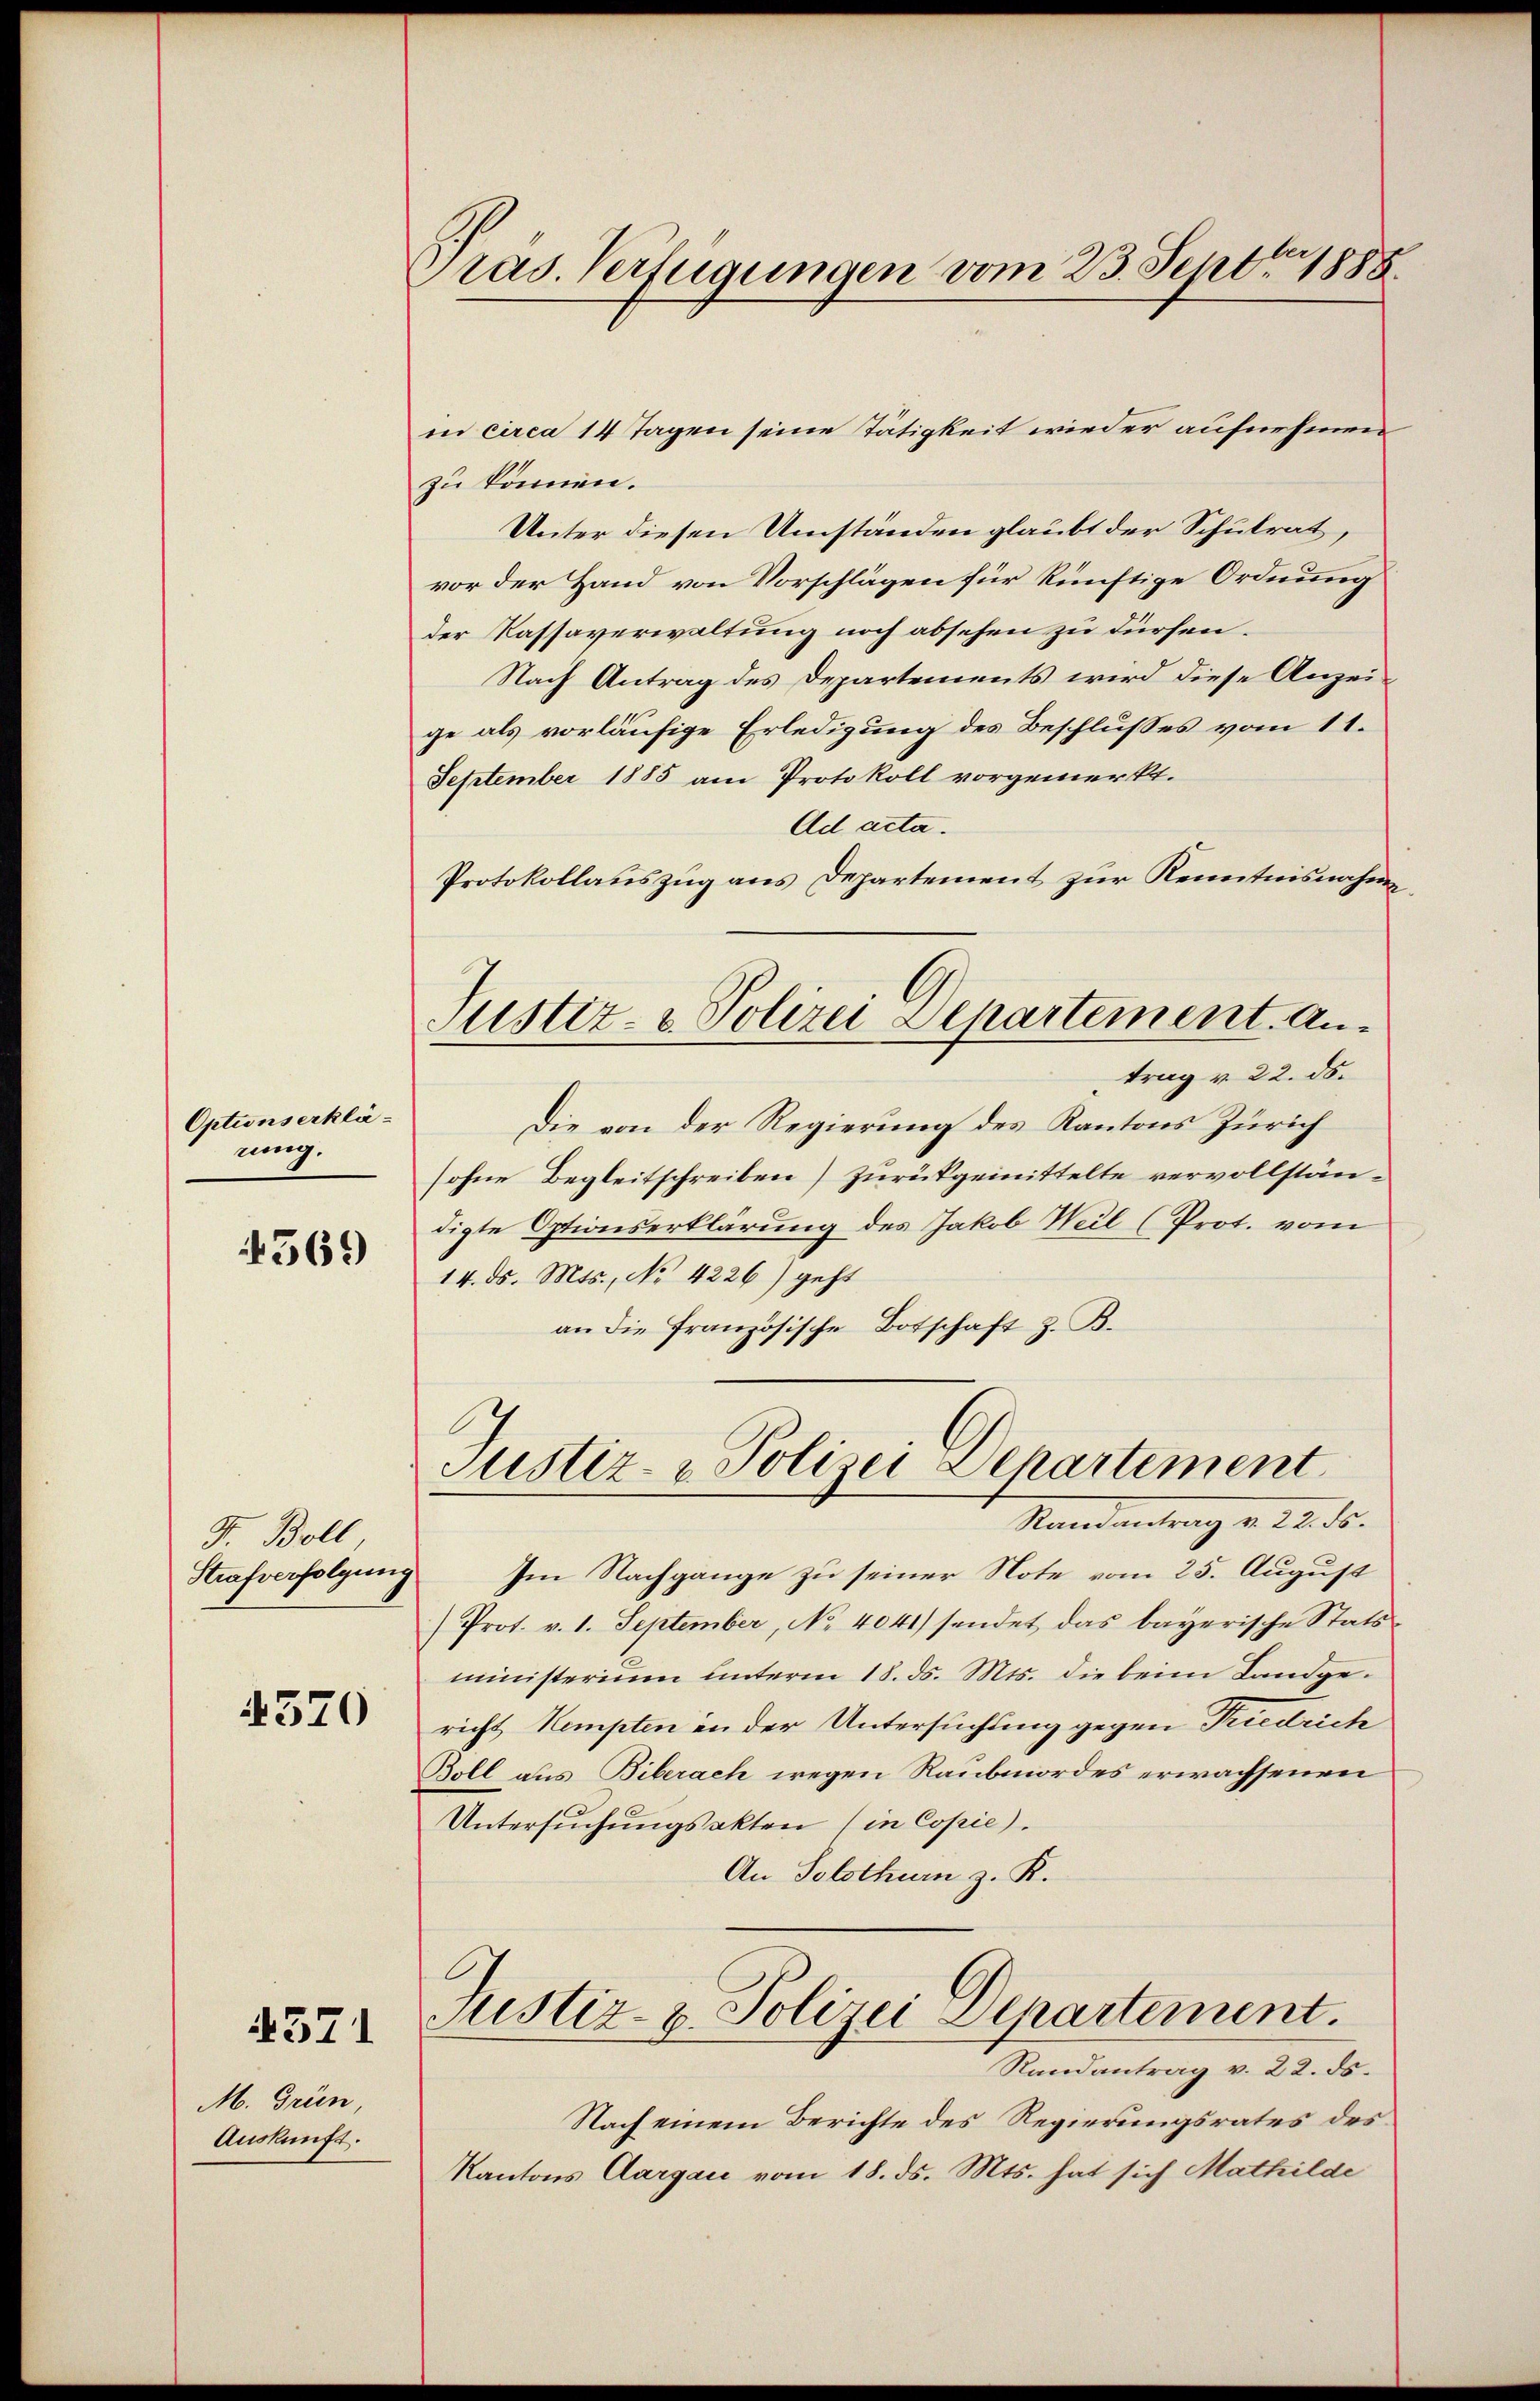
Optionserklänung.

4369

F. Boll
Strafverfolgung

4370

4371

M. Grün,
Auskunft.

Pras. Verfügungen vom 23. Septbr. 1888

in circa 14 Tagen seine Tätigkeit wieder aufnehmen
zu können.
Unter diesen Umständen glaubt der Schulrat,
vor der Hand von Vorschlägen für künftige Ordnung
der Kassaverwaltung noch absehen zu dürfen.
Nach Antrag des Departements wird diese Anzeige als vorläufige Erledigung des Beschlusses vom 11.
September 1885 am Protokoll vorgemerkt.
Ad acta.
Protokollauszug aus Departement zur Kenntnisnahme
Justiz- & Polizei Departement. Antrag v. 22. ds.
Die von der Regierung des Kantons Zürich
sohne Begleitschreiben) Zurückgemittelte vervollständigte Optionserklärung des Jakob Weil (Prot. vom
14. ds. Mts., No 4226) geht
an die Französische Botschaft z. B.
Justiz- & Polizei Departement.

Ramantrag v. 22. ds.

Im Nachgange zu seiner Note vom 25. August
(Prot. v. 1. September, No 4041) sendet das bayerische Statsministerium unterm 18. ds. Mts. die beim Landgericht Kempten in der Untersuchung gegen Riedrich
Boll aus Biberach wegen Raubmordes erwachsenen
Untersuchungsakten (in Copie).
An Solothurn z. K.
Justiz- & Polizei Departement.
Randantrag v. 22. ds.
Nach einem Berichte des Regierungsrates des
Kantons Aargau vom 18. ds. Mts. hat sich Mathilde